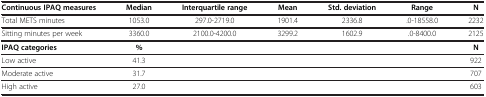
<table><thead><tr><td><b>Continuous IPAQ measures</b></td><td><b>Median</b></td><td><b>Interquartile range</b></td><td><b>Mean</b></td><td><b>Std. deviation</b></td><td><b>Range</b></td><td><b>N</b></td></tr></thead><tbody><tr><td>Total METS minutes</td><td>1053.0</td><td>297.0-2719.0</td><td>1901.4</td><td>2336.8</td><td>.0-18558.0</td><td>2232</td></tr><tr><td>Sitting minutes per week</td><td>3360.0</td><td>2100.0-4200.0</td><td>3299.2</td><td>1602.9</td><td>.0-8400.0</td><td>2125</td></tr><tr><td><b>IPAQ categories</b></td><td><b>%</b></td><td> </td><td> </td><td> </td><td> </td><td><b>N</b></td></tr><tr><td>Low active</td><td>41.3</td><td> </td><td> </td><td> </td><td> </td><td>922</td></tr><tr><td>Moderate active</td><td>31.7</td><td> </td><td> </td><td> </td><td> </td><td>707</td></tr><tr><td>High active</td><td>27.0</td><td> </td><td> </td><td> </td><td> </td><td>603</td></tr></tbody></table>